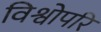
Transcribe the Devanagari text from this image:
विश्वोपरि